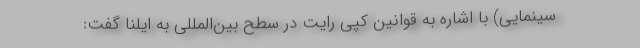
سینمایی) با اشاره به قوانین کپی رایت در سطح بین‌المللی به ایلنا گفت: